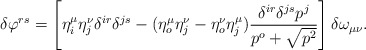
\begin{align*}\delta\varphi^{rs}= \left[\eta^\mu_i\eta^\nu_j\delta^{ir}\delta^{js}-(\eta^\mu_o\eta^\nu_j-\eta^\nu_o\eta^\mu_j)\frac{\delta^{ir}\delta^{js}p^j}{p^o+\sqrt{p^2}}\right]\delta\omega_{\mu\nu}. \end{align*}